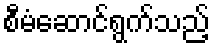
စီမံဆောင်ရွက်သည့်